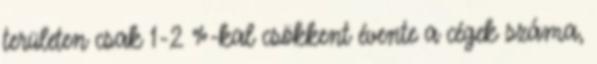
területen csak 1-2 %-kal csökkent évente a cégek száma,